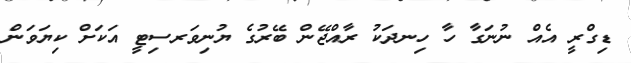
ޑިގްރީ އެއް ނުނަގާ ހާ ހިނދަކު ރާއްޖޭން ބޭރުގެ ޔުނިވަރސިޓީ އަކަށް ކިޔަަވަން